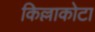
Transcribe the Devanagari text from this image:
किल्लाकोटा